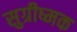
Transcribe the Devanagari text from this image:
सुग्रीष्मक